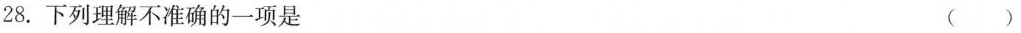
28.下列理解不准确的一项是 ( )